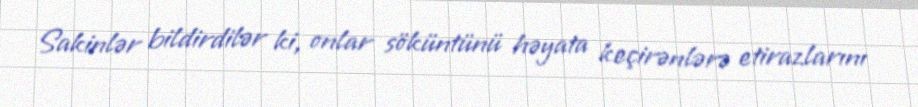
Sakinlər bildirdilər ki, onlar söküntünü həyata keçirənlərə etirazlarını